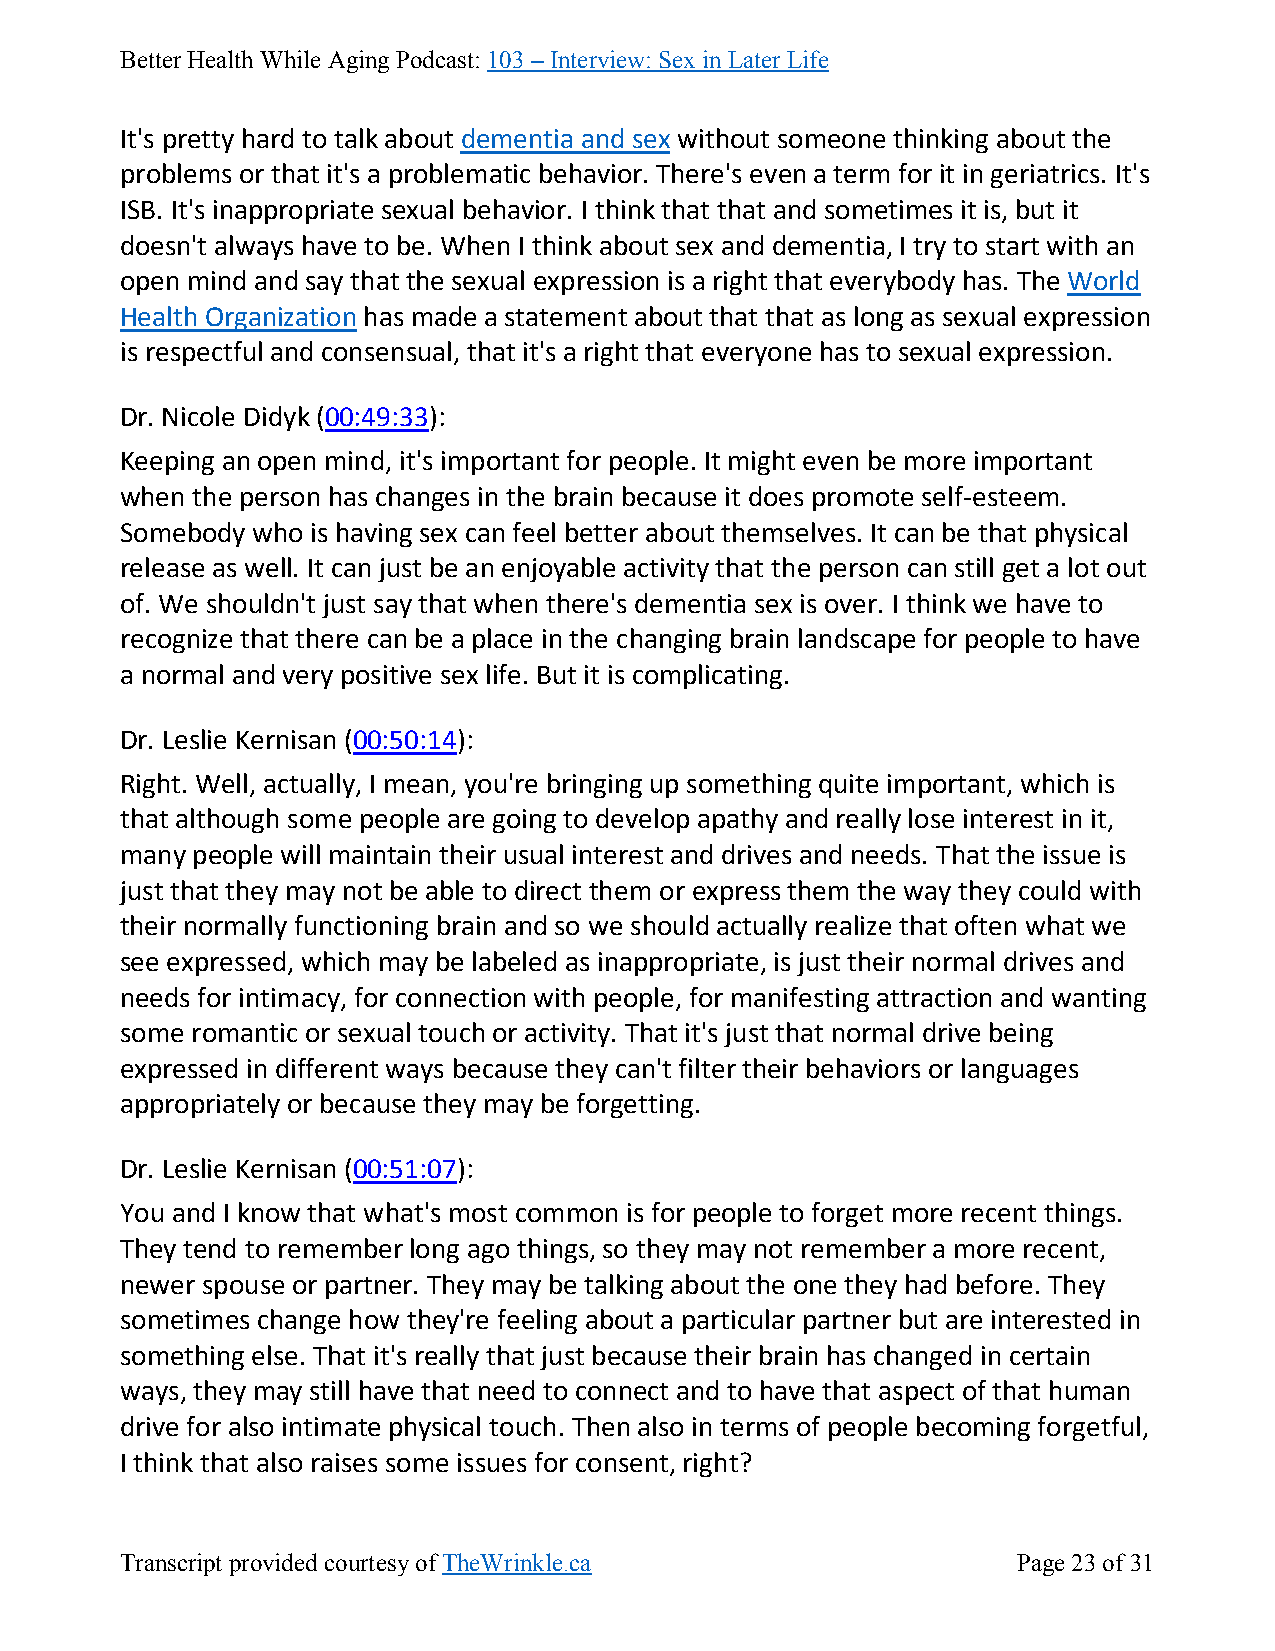
Better Health While Aging Podcast: 103 – Interview: Sex in Later Life
 It's pretty hard to talk about dementia and sex without someone thinking about the
 problems or that it's a problematic behavior. There's even a term for it in geriatrics. It's
 ISB. It's inappropriate sexual behavior. I think that that and sometimes it is, but it
 doesn't always have to be. When I think about sex and dementia, I try to start with an
 open mind and say that the sexual expression is a right that everybody has. The World
 Health Organization has made a statement about that that as long as sexual expression
 is respectful and consensual, that it's a right that everyone has to sexual expression.
 Dr. Nicole Didyk (00:49:33):
 Keeping an open mind, it's important for people. It might even be more important
 when the person has changes in the brain because it does promote self-esteem.
 Somebody who is having sex can feel better about themselves. It can be that physical
 release as well. It can just be an enjoyable activity that the person can still get a lot out
 of. We shouldn't just say that when there's dementia sex is over. I think we have to
 recognize that there can be a place in the changing brain landscape for people to have
 a normal and very positive sex life. But it is complicating.
 Dr. Leslie Kernisan (00:50:14):
 Right. Well, actually, I mean, you're bringing up something quite important, which is
 that although some people are going to develop apathy and really lose interest in it,
 many people will maintain their usual interest and drives and needs. That the issue is
 just that they may not be able to direct them or express them the way they could with
 their normally functioning brain and so we should actually realize that often what we
 see expressed, which may be labeled as inappropriate, is just their normal drives and
 needs for intimacy, for connection with people, for manifesting attraction and wanting
 some romantic or sexual touch or activity. That it's just that normal drive being
 expressed in different ways because they can't filter their behaviors or languages
 appropriately or because they may be forgetting.
 Dr. Leslie Kernisan (00:51:07):
 You and I know that what's most common is for people to forget more recent things.
 They tend to remember long ago things, so they may not remember a more recent,
 newer spouse or partner. They may be talking about the one they had before. They
 sometimes change how they're feeling about a particular partner but are interested in
 something else. That it's really that just because their brain has changed in certain
 ways, they may still have that need to connect and to have that aspect of that human
 drive for also intimate physical touch. Then also in terms of people becoming forgetful,
 I think that also raises some issues for consent, right?
 Transcript provided courtesy of TheWrinkle.ca              Page 23 of 31